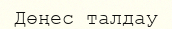
Дөңес талдау